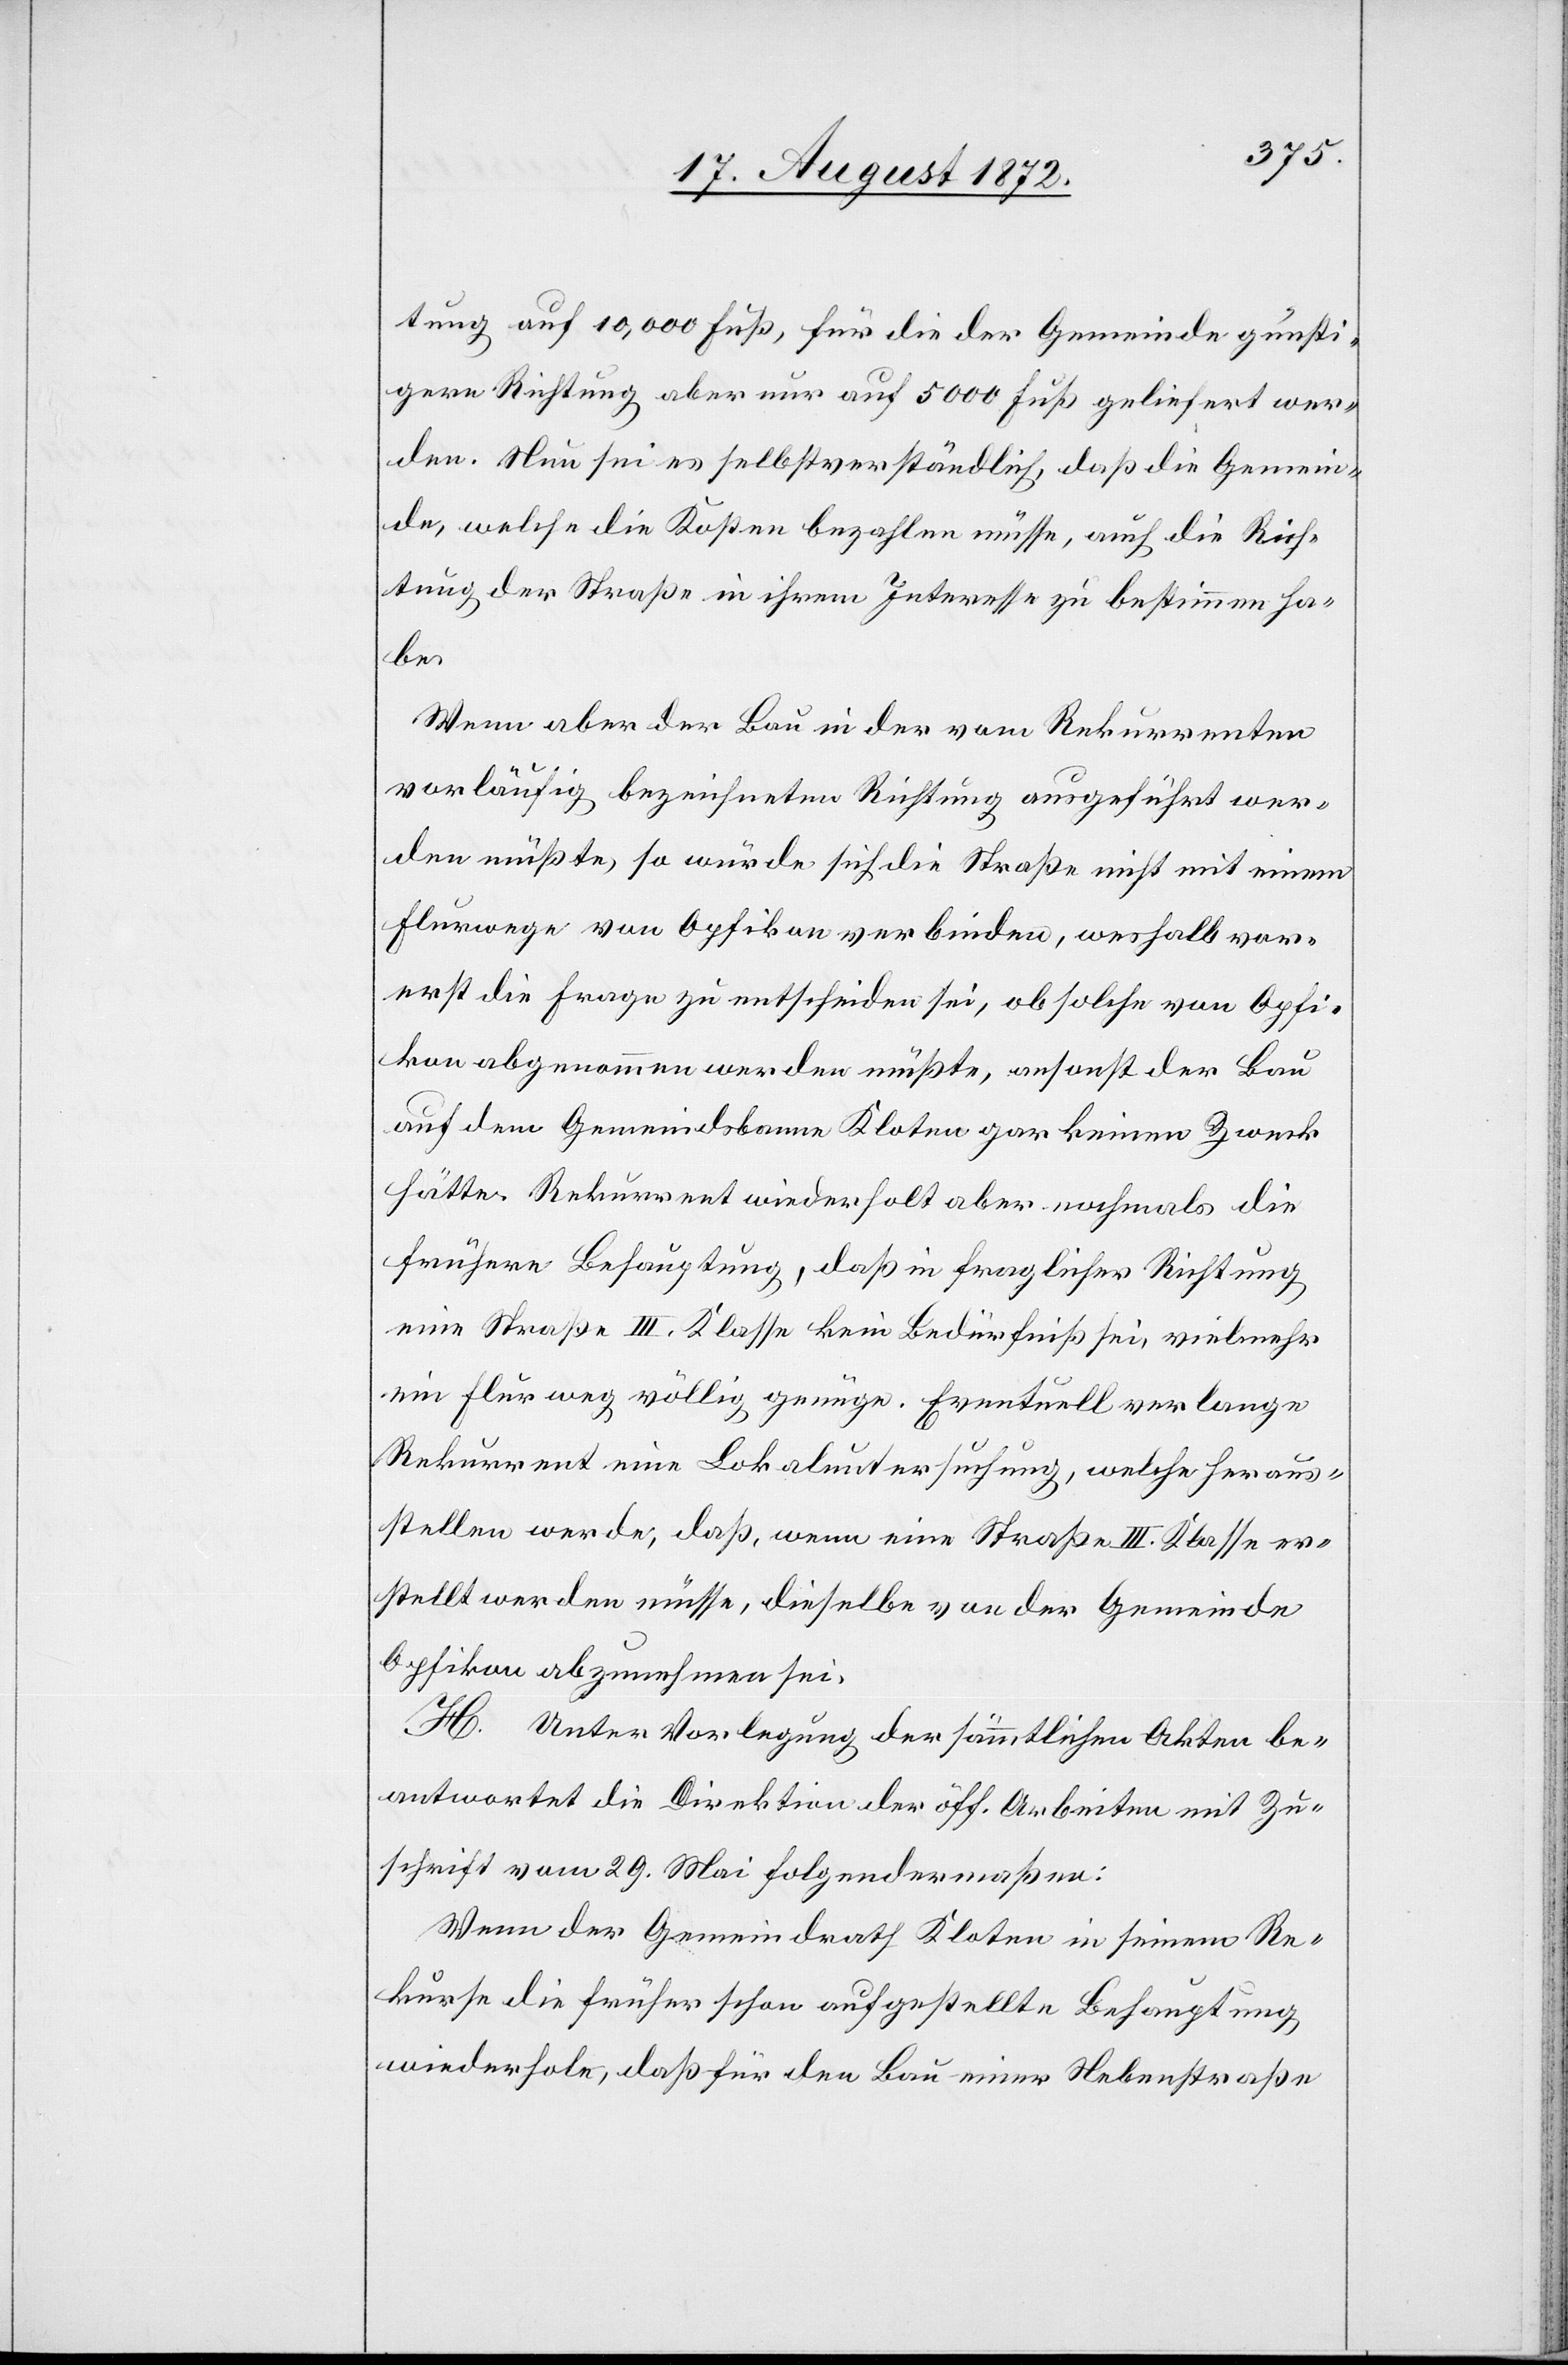
tung auf 10,000 Fuß, für die der Gemeinde günsti¬
gere Richtung aber nur auf 5000 Fuß geliefert wer¬
den. Nun sei es selbstverständlich, daß die Gemein¬
de, welche die Kosten bezahlen müsse, auch die Rich¬
tung der Straße in ihrem Interesse zu bestimmen ha¬
be.
Wenn aber der Bau in der vom Rekurrenten
vorläufig bezeichneten Richtung ausgeführt wer¬
den müßte, so würde sich die Straße nicht mit einem
Flurwege von Opfikon verbinden, weshalb vor¬
erst die Frage zu entscheiden sei, ob solche von Opfi¬
kon abgenommen werden müßte, ansonst der Bau
auf dem Gemeindsbanne Kloten gar keinen Zweck
hätte. Rekurrent wiederholt aber nochmals die
frühere Behauptung, daß in fraglicher Richtung
eine Straße III. Klasse kein Bedürfniß sei, vielmehr
ein Flurweg völlig genüge. Eventuell verlange
Rekurrent eine Lokaluntersuchung, welche heraus¬
stellen werde, daß, wenn eine Straße III. Klasse er¬
stellt werden müsse, dieselbe von der Gemeinde
Opfikon abzunehmen sei.
H. Unter Vorlegung der sämmtlichen Akten be¬
antwortet die Direktion der öff. Arbeiten mit Zu¬
schrift vom 29. Mai folgendermaßen:
Wenn der Gemeindrath Kloten in seinem Re¬
kurse die früher schon aufgestellte Behauptung
wiederhole, daß für den Bau einer Nebenstraße